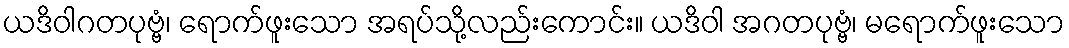
ယဒိဝါဂတပုဗ္ဗံ၊ ရောက်ဖူးသော အရပ်သို့လည်းကောင်း။ ယဒိဝါ အဂတပုဗ္ဗံ၊ မရောက်ဖူးသော